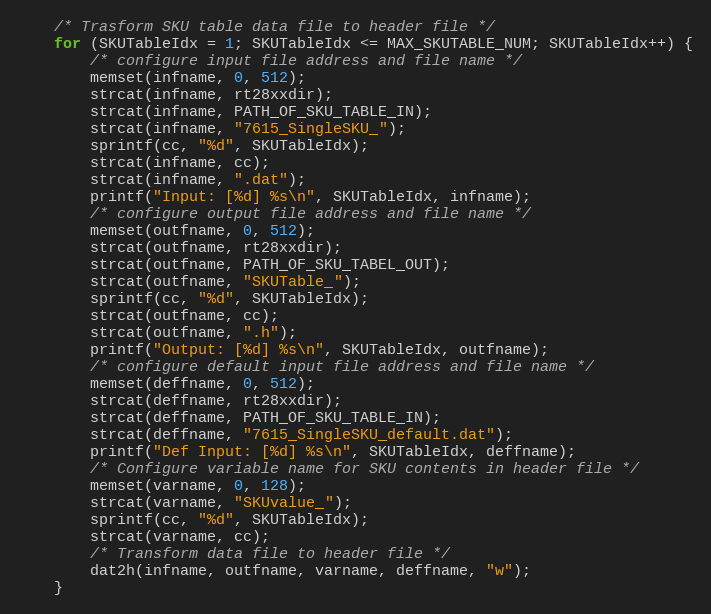
Language: C
	/* Trasform SKU table data file to header file */
	for (SKUTableIdx = 1; SKUTableIdx <= MAX_SKUTABLE_NUM; SKUTableIdx++) {
		/* configure input file address and file name */
		memset(infname, 0, 512);
		strcat(infname, rt28xxdir);
		strcat(infname, PATH_OF_SKU_TABLE_IN);
		strcat(infname, "7615_SingleSKU_");
		sprintf(cc, "%d", SKUTableIdx);
		strcat(infname, cc);
		strcat(infname, ".dat");
		printf("Input: [%d] %s\n", SKUTableIdx, infname);
		/* configure output file address and file name */
		memset(outfname, 0, 512);
		strcat(outfname, rt28xxdir);
		strcat(outfname, PATH_OF_SKU_TABEL_OUT);
		strcat(outfname, "SKUTable_");
		sprintf(cc, "%d", SKUTableIdx);
		strcat(outfname, cc);
		strcat(outfname, ".h");
		printf("Output: [%d] %s\n", SKUTableIdx, outfname);
		/* configure default input file address and file name */
		memset(deffname, 0, 512);
		strcat(deffname, rt28xxdir);
		strcat(deffname, PATH_OF_SKU_TABLE_IN);
		strcat(deffname, "7615_SingleSKU_default.dat");
		printf("Def Input: [%d] %s\n", SKUTableIdx, deffname);
		/* Configure variable name for SKU contents in header file */
		memset(varname, 0, 128);
		strcat(varname, "SKUvalue_");
		sprintf(cc, "%d", SKUTableIdx);
		strcat(varname, cc);
		/* Transform data file to header file */
		dat2h(infname, outfname, varname, deffname, "w");
	}